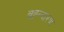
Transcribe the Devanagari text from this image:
बह्न्दारण